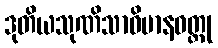
ဒုတိယသုဏိသာဝိမာနဝတ္ထု